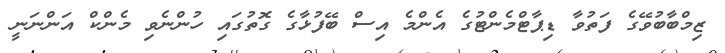
ޒިމްބާބުވޭގެ ފަތުވާ ޑިޕާޓްމެންޓުގެ އެންމެ އިސް ބޭފުޅާގެ ގޮތުގައި ހުންނެވި މެންކް އަންނަނީ